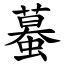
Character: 蟇